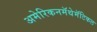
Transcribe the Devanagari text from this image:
अमेरिकनमॅथेमॅटिकल